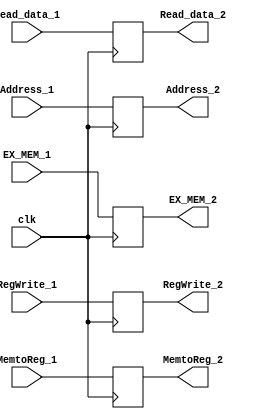
module MEM_WB (input clk,
input RegWrite_1,input MemtoReg_1,           //WB icontrols
input [31:0] Read_data_1,
input [31:0] Address_1,
input [4:0] EX_MEM_1,

output reg RegWrite_2,output reg MemtoReg_2,           //WB icontrols
output reg [31:0] Read_data_2,
output reg [31:0] Address_2,
output reg [4:0] EX_MEM_2
);

always @ (posedge clk) begin
RegWrite_2<=RegWrite_1;
MemtoReg_2<=MemtoReg_1;           

Read_data_2<=Read_data_1;
Address_2<=Address_1;
EX_MEM_2<=EX_MEM_1;

end

endmodule